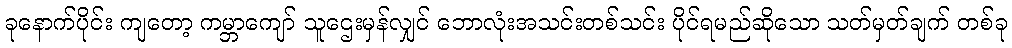
ခုနောက်ပိုင်း ကျတော့ ကမ္ဘာကျော် သူဌေးမှန်လျှင် ဘောလုံးအသင်းတစ်သင်း ပိုင်ရမည်ဆိုသော သတ်မှတ်ချက် တစ်ခု